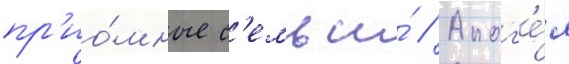
пр'ио́мные с'емьи́ // Апог'е́я